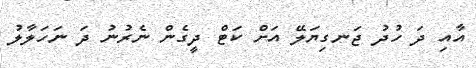
އާއި ދަ ހުދު ޖަނގިޔަލޭ އަށް ކަޓް ދީގެން ނެރުނު ދަ ނަހަލާލު